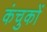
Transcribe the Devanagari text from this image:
कंचुकों